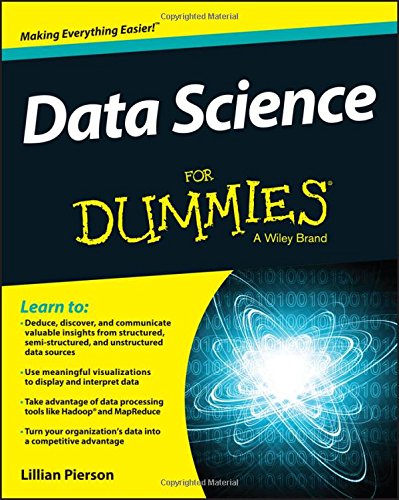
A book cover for Data Science For Dummies; Lillian Pierson; Computers & Technology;